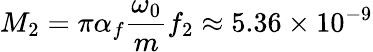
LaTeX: M_{2}=\pi\alpha_{f}\frac{\omega_{0}}{m}f_{2}\approx 5.36\times 10^{-9}